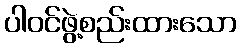
ပါဝင်ဖွဲ့စည်းထားသော